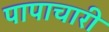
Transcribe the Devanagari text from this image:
पापाचारी